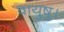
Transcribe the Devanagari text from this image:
वायुषु।